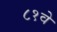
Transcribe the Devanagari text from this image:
८१वे